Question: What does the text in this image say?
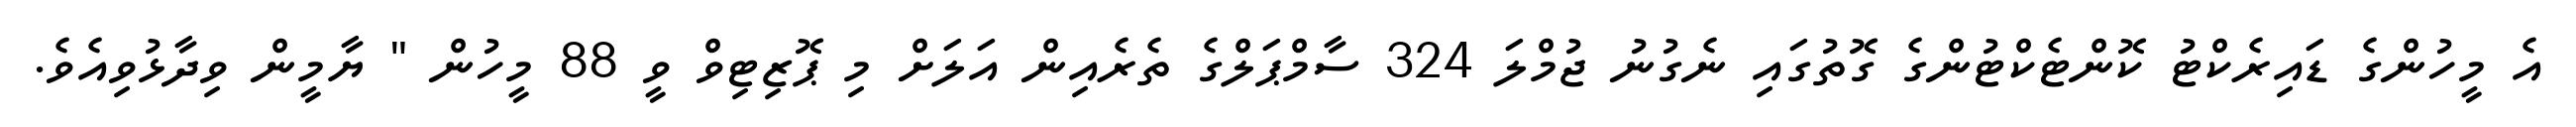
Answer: އެ މީހުންގެ ޑައިރެކްޓު ކޮންޓެކްޓުންގެ ގޮތުގައި ނެގުނު ޖުމްލަ 324 ސާމްޕަލްގެ ތެރެއިން އަލަށް މި ޕޮޒިޓިވް ވީ 88 މީހުން " ޔާމީން ވިދާޅުވިއެވެ.